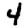
Digit: 4